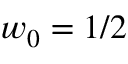
w _ { 0 } = 1 / 2